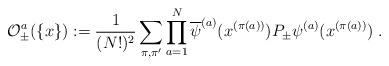
LaTeX: \begin{align*}{\cal O}_\pm^a( \{x\} ) := \frac{1}{(N!)^2}\sum_{\pi,\pi^\prime}\prod_{a=1}^{N}\overline{\psi}^{(a)}(x^{(\pi(a))})P_\pm \psi^{(a)}(x^{(\pi(a))}) \; .\end{align*}